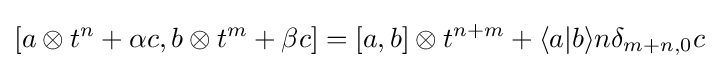
[a\otimes t^{n}+\alpha c,b\otimes t^{m}+\beta c]=[a,b]\otimes t^{n+m}+\langle a|b\rangle n\delta _{m+n,0}c